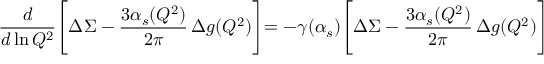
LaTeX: { \frac { d } { d \ln Q ^ { 2 } } } \Biggl [ \Delta \Sigma - { \frac { 3 \alpha _ { s } ( Q ^ { 2 } ) } { 2 \pi } } \, \Delta g ( Q ^ { 2 } ) \Biggl ] = - \gamma ( \alpha _ { s } ) \Biggl [ \Delta \Sigma - { \frac { 3 \alpha _ { s } ( Q ^ { 2 } ) } { 2 \pi } } \, \Delta g ( Q ^ { 2 } ) \Biggl ]